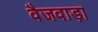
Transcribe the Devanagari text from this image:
वैजवाड़ा